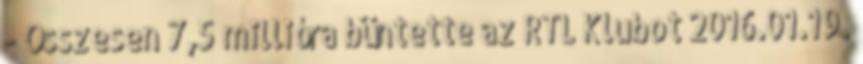
- Összesen 7,5 millióra büntette az RTL Klubot 2016.01.19.